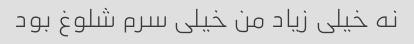
نه خیلی زیاد من خیلی سرم شلوغ بود